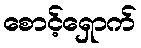
စောင့်ရှောက်